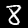
Label: 8